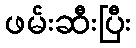
ဖမ်းဆီးပြီး